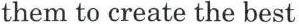
them to create the best